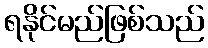
ရနိုင်မည်ဖြစ်သည်